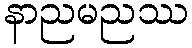
နာညမညဿ